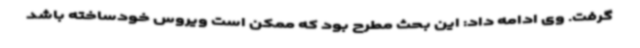
گرفت. وی ادامه داد: این بحث مطرح بود که ممکن است ویروس خودساخته باشد